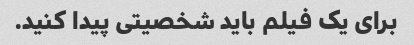
برای یک فیلم باید شخصیتی پیدا کنید.